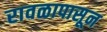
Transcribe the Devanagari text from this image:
रावळापासून